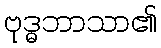
ဗုဒ္ဓဘာသာ၏